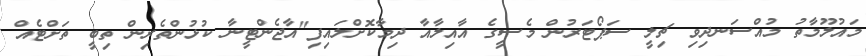
މައުލޫމާތު މުއްސަނދިވި ޗިލީ ސަޕޯޓަރުން މެސީގެ އާއިލާއާ ދިމާކޮށްލައިފި"އާޖެންޓީނާ ކުޅުންތެރިން ތިބީ ތަށްޓެއް